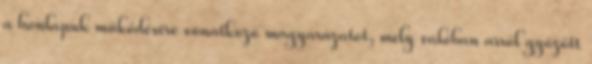
a honlapuk működésére vonatkozó magyarázatot, mely valóban arról győzött